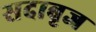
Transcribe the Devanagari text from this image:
सदाबृज